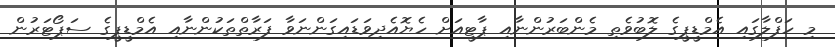
މި ހަފްލާގައި އެމްޑީޕީގެ ލޮބުވެތި މެންބަރުންނާއި ޕާޓީއަށް ހެޔޮއެދިވަޑައިގަންނަވާ ފަރާތްތަކުންނާއި އެމްޑީޕީގެ ސަޕޯޓަރުން